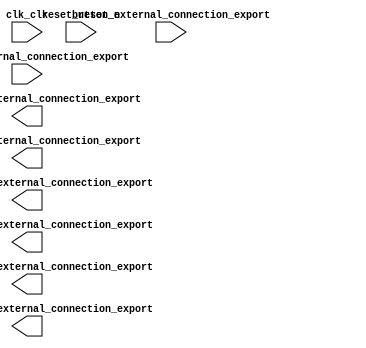

module platform (
	button_external_connection_export,
	clk_clk,
	id7_segmentos_1_external_connection_export,
	id7_segmentos_2_external_connection_export,
	id7_segmentos_3_external_connection_export,
	id7_segmentos_4_external_connection_export,
	reset_reset_n,
	segmentos_5_external_connection_export,
	segmentos_6_external_connection_export,
	switchs_external_connection_export);	

	input		button_external_connection_export;
	input		clk_clk;
	output	[6:0]	id7_segmentos_1_external_connection_export;
	output	[6:0]	id7_segmentos_2_external_connection_export;
	output	[6:0]	id7_segmentos_3_external_connection_export;
	output	[6:0]	id7_segmentos_4_external_connection_export;
	input		reset_reset_n;
	output	[6:0]	segmentos_5_external_connection_export;
	output	[6:0]	segmentos_6_external_connection_export;
	input	[1:0]	switchs_external_connection_export;
endmodule